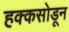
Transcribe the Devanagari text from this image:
हक्कसोडून